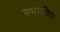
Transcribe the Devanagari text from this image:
उभयविध